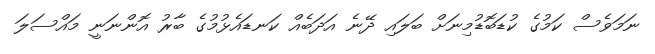
ނަމަވެސް ކަމުގެ ކުޑަބޮޑުމިނަށް ބަލައި ދޭނެ އަދަބެއް ކަނޑައެޅުމުގެ ބާރު އޮންނަނީ މައްސަލަ